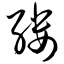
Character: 缕